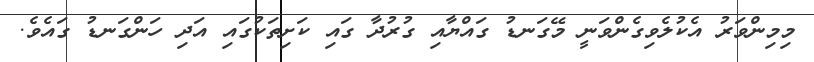
މިމިންވަރު އެކުލެވިގެންވަނީ މޭގަނޑު ގައްޔާއި ގުރުދާ ގައި ކަށިތަކުގައި އަދި ހަންގަނޑު ގައެވެ.